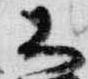
大